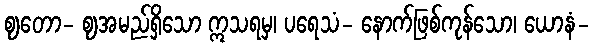
ဈတော- ဈအမည်ရှိသော ဣသရမှ၊ ပရေသံ- နောက်ဖြစ်ကုန်သော၊ ယောနံ-